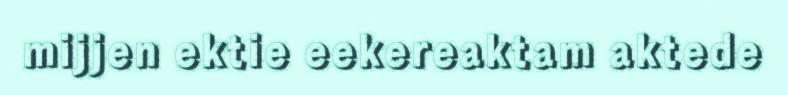
mijjen ektie eekereaktam aktede